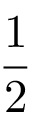
\frac { 1 } { 2 }